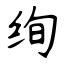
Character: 绚